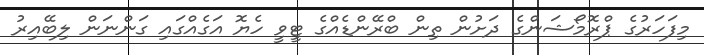
މިފަހަރުގެ ޕްރޮމޯޝަންގެ ދަށުން ތިން ބްރޭންޑެއްގެ ޓީވީ ހެޔޮ އަގެއްގައި ގަންނަން ލިބޭއިރު